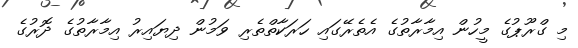
މި ގްރޫޕުގެ މީހުން އިމާރާތުގެ އެތެރޭގައި ހަރަކާތްތެރި ވަމުން ދިޔައިރު އިމާރާތުގެ ދޮރުގެ